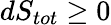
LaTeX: dS_{tot}\geq 0